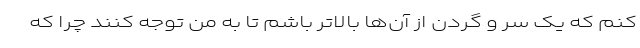
کنم که یک سر و گردن از آن‌ها بالاتر باشم تا به من توجه کنند چرا که